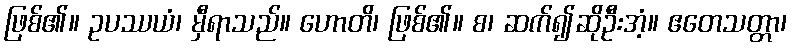
ဖြစ်၏။ ဥပဿယံ၊ မှီရာသည်။ ဟောတိ၊ ဖြစ်၏။ စ၊ ဆက်၍ဆိုဦးအံ့။ ဧတေသတ္တာ၊